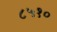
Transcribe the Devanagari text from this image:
८५१०